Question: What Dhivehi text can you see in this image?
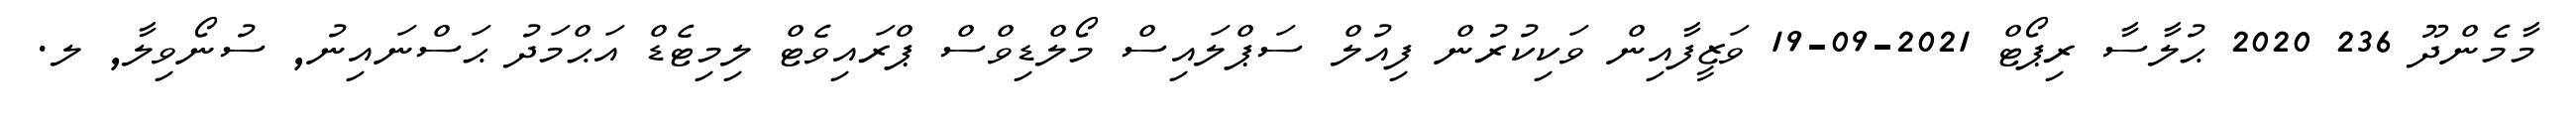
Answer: މާމެންދޫ 236 2020 ޙުލާސާ ރިޕޯޓް 2021-09-19 ވަޒީފާއިން ވަކިކުރުން ފިއުލް ސަޕްލައިސް މޯލްޑިވްސް ޕްރައިވެޓް ލިމިޓެޑް އަޙްމަދު ޙަސްނައިނު, ސުނޯވިލާ, ލ.